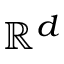
{ \mathbb R } ^ { d }